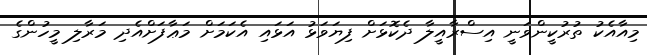
މިއާއެކު ތުރުކީންވަނީ އިސްރާއީލާ ދެކޮޅަށް ފިޔަވަޅު އަޅައި އެކަމަށް މަޢާފަށްއެދި މަރާލި މީހުންގެ